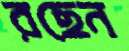
রছেন